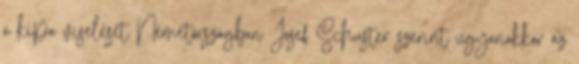
a kipa viselését Németországban Josef Schuster szerint ugyanakkor az